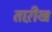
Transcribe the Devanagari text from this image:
ताऱीख